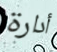
أدارة